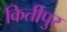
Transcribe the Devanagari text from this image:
किर्तीपुर